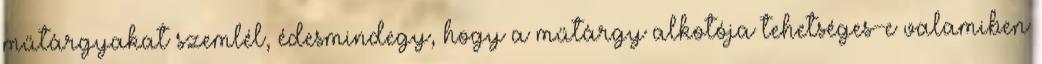
műtárgyakat szemlél, édesmindegy, hogy a műtárgy alkotója tehetséges-e valamiben